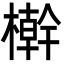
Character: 檊